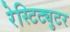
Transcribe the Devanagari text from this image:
रेस्टिट्युटर